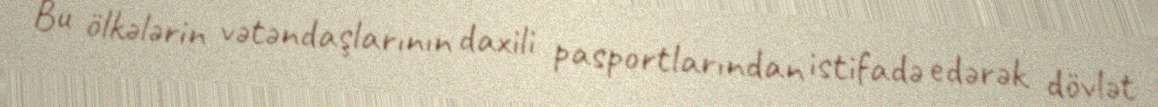
Bu ölkələrin vətəndaşlarının daxili pasportlarından istifadə edərək dövlət